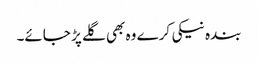
بندہ نیکی کرے وہ بھی گلے پڑ جائے۔